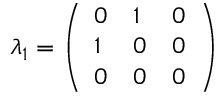
\lambda _ { 1 } = { \left( \begin{array} { l l l } { 0 } & { 1 } & { 0 } \\ { 1 } & { 0 } & { 0 } \\ { 0 } & { 0 } & { 0 } \end{array} \right) }